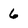
Character: 6